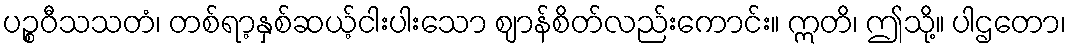
ပဉ္စဝီသသတံ၊ တစ်ရာ့နှစ်ဆယ့်ငါးပါးသော ဈာန်စိတ်လည်းကောင်း။ ဣတိ၊ ဤသို့။ ပါဌတော၊